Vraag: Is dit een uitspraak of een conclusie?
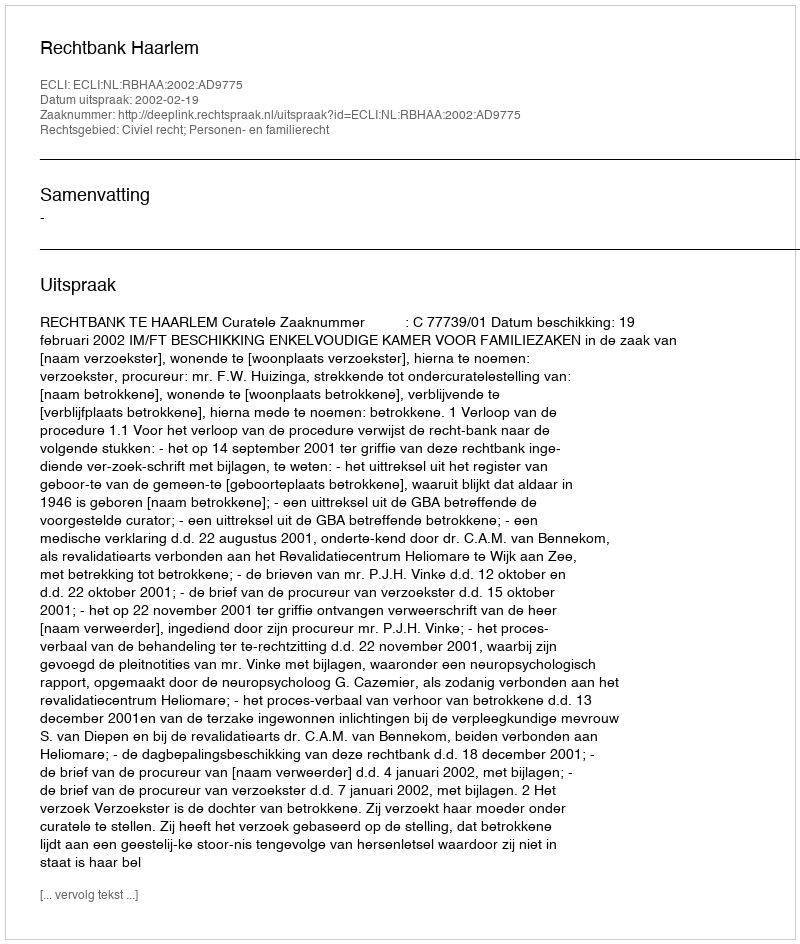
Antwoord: Uitspraak